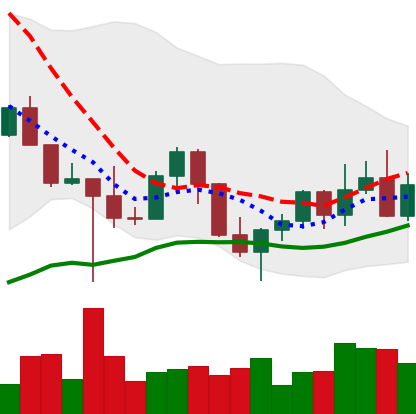
Ticker: LINK-USD
Chart end date: 2022-10-28
Forward return: 4.377%
Label: up_3_5